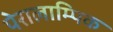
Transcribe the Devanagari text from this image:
पेरालाम्पिक